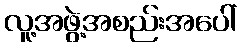
လူ့အဖွဲ့အစည်းအပေါ်